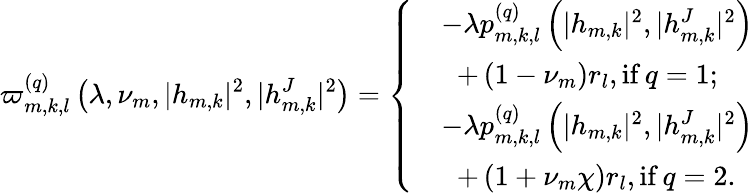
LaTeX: \varpi_{m,k,l}^{(q)}\left(\lambda,\nu_{m},|h_{m,k}|^{2},|h_{m,k}^{J}|^{2}\right)=\left\{ \begin{array}{rl}&{-\lambda p_{m,k,l}^{(q)}\left(|h_{m,k}|^{2},|h_{m,k}^{J}|^{2}\right)}\\ &{\; \; +\left(1-\nu_{m}\right)r_{l},{\mathrm{if}}\, q=1;}\\ &{-\lambda p_{m,k,l}^{(q)}\left(|h_{m,k}|^{2},|h_{m,k}^{J}|^{2}\right)}\\ &{\; \; +\left(1+\nu_{m}\chi\right)r_{l},{\mathrm{if}}\, q=2.}\end{array}\right.